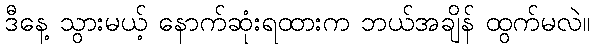
ဒီနေ့ သွားမယ့် နောက်ဆုံးရထားက ဘယ်အချိန် ထွက်မလဲ။